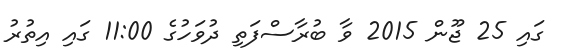
ގައި 25 ޖޫން 2015 ވާ ބުރާސްފަތި ދުވަހުގެ 11:00 ގައި އިތުރު